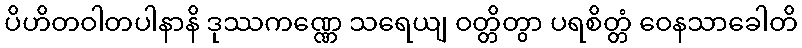
ပိဟိတဝါတပါနာနိ ဒုဿကဏ္ဏေ သရေယျ ဝတ္တိတွာ ပရစိတ္တံ ဝေနသာခေါတိ